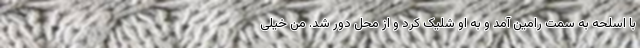
با اسلحه به سمت رامین آمد و به او شلیک کرد و از محل دور شد. من خیلی